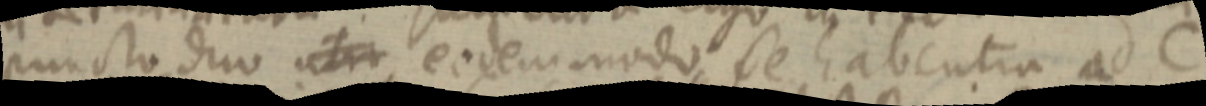
puncto duo _ eodem modo se habentia ad C